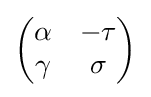
{\begin{pmatrix}\alpha &-\tau \\\gamma &\sigma \\\end{pmatrix}}